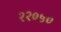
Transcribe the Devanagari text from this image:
२२०५०